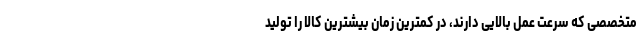
متخصصی که سرعت عمل بالایی دارند، در کمترین زمان بیشترین کالا را تولید